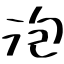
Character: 泡